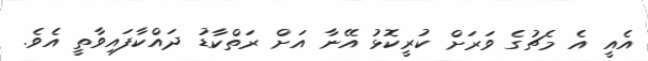
އެއީ އެ މެޗުގެ ވަރަށް ކުރީކޮޅު އޭނާ އަށް ރަތްކާޑު ދައްކާފައިވާތީ އެވެ.